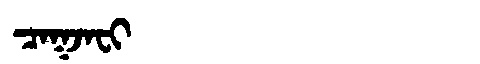
Manchu: ᠴᠠᡴᠵᠠᠸᡳ
Romanization: CAKJAFI